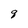
Character: g